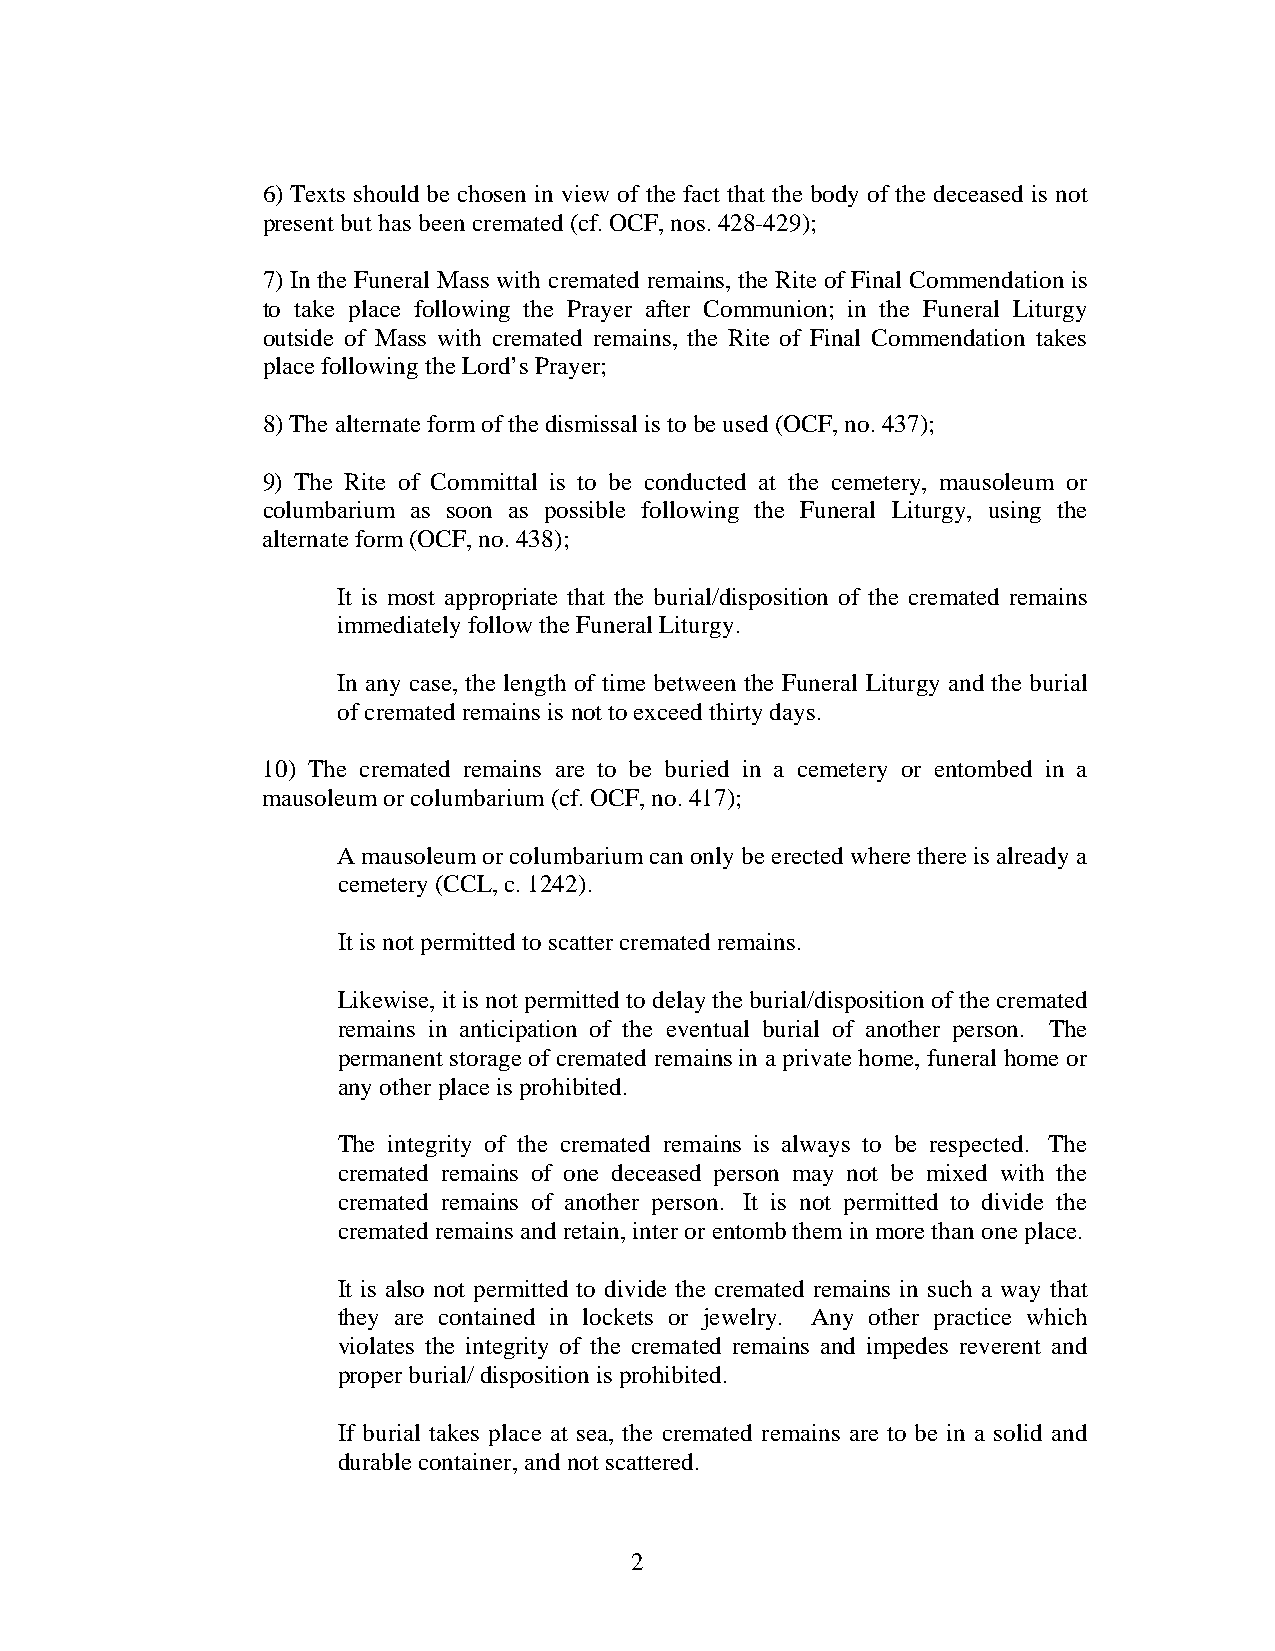
6) Texts should be chosen in view of the fact that the body of the deceased is not
 present but has been cremated (cf. OCF, nos. 428-429);
 7) In the Funeral Mass with cremated remains, the Rite of Final Commendation is
 to take place following the Prayer after Communion; in the Funeral Liturgy
 outside of Mass with cremated remains, the Rite of Final Commendation takes
 place following the Lord’s Prayer;
 8) The alternate form of the dismissal is to be used (OCF, no. 437);
 9) The Rite of Committal is to be conducted at the cemetery, mausoleum or
 columbarium as soon as possible following the Funeral Liturgy, using the
 alternate form (OCF, no. 438);
 It is most appropriate that the burial/disposition of the cremated remains
 immediately follow the Funeral Liturgy.
 In any case, the length of time between the Funeral Liturgy and the burial
 of cremated remains is not to exceed thirty days.
 10) The cremated remains are to be buried in a cemetery or entombed in a
 mausoleum or columbarium (cf. OCF, no. 417);
 A mausoleum or columbarium can only be erected where there is already a
 cemetery (CCL, c. 1242).
 It is not permitted to scatter cremated remains.
 Likewise, it is not permitted to delay the burial/disposition of the cremated
 remains in anticipation of the eventual burial of another person. The
 permanent storage of cremated remains in a private home, funeral home or
 any other place is prohibited.
 The integrity of the cremated remains is always to be respected. The
 cremated remains of one deceased person may not be mixed with the
 cremated remains of another person. It is not permitted to divide the
 cremated remains and retain, inter or entomb them in more than one place.
 It is also not permitted to divide the cremated remains in such a way that
 they are contained in lockets or jewelry. Any other practice which
 violates the integrity of the cremated remains and impedes reverent and
 proper burial/ disposition is prohibited.
 If burial takes place at sea, the cremated remains are to be in a solid and
 durable container, and not scattered.
 2